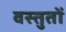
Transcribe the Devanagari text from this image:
वस्तुतों